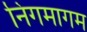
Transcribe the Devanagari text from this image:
निगमागम